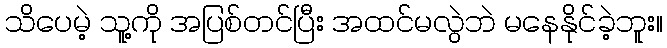
သိပေမဲ့ သူ့ကို အပြစ်တင်ပြီး အထင်မလွဲဘဲ မနေနိုင်ခဲ့ဘူး။